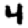
Digit: 4